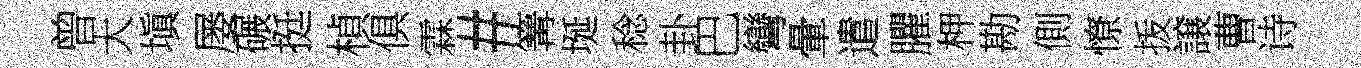
曾大塡屡碾挺楨俱霖#篝埏稔卦巴彎暈遣臞柙勘側憭㧞譲曹诗